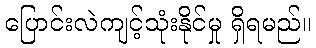
ပြောင်းလဲကျင့်သုံးနိုင်မှု ရှိရမည်။